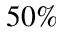
5 0 \%